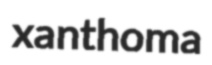
xanthoma